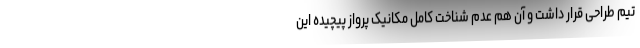
تیم طراحی قرار داشت و آن هم عدم شناخت کامل مکانیک پرواز پیچیده این